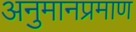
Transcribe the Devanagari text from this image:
अनुमानप्रमाण